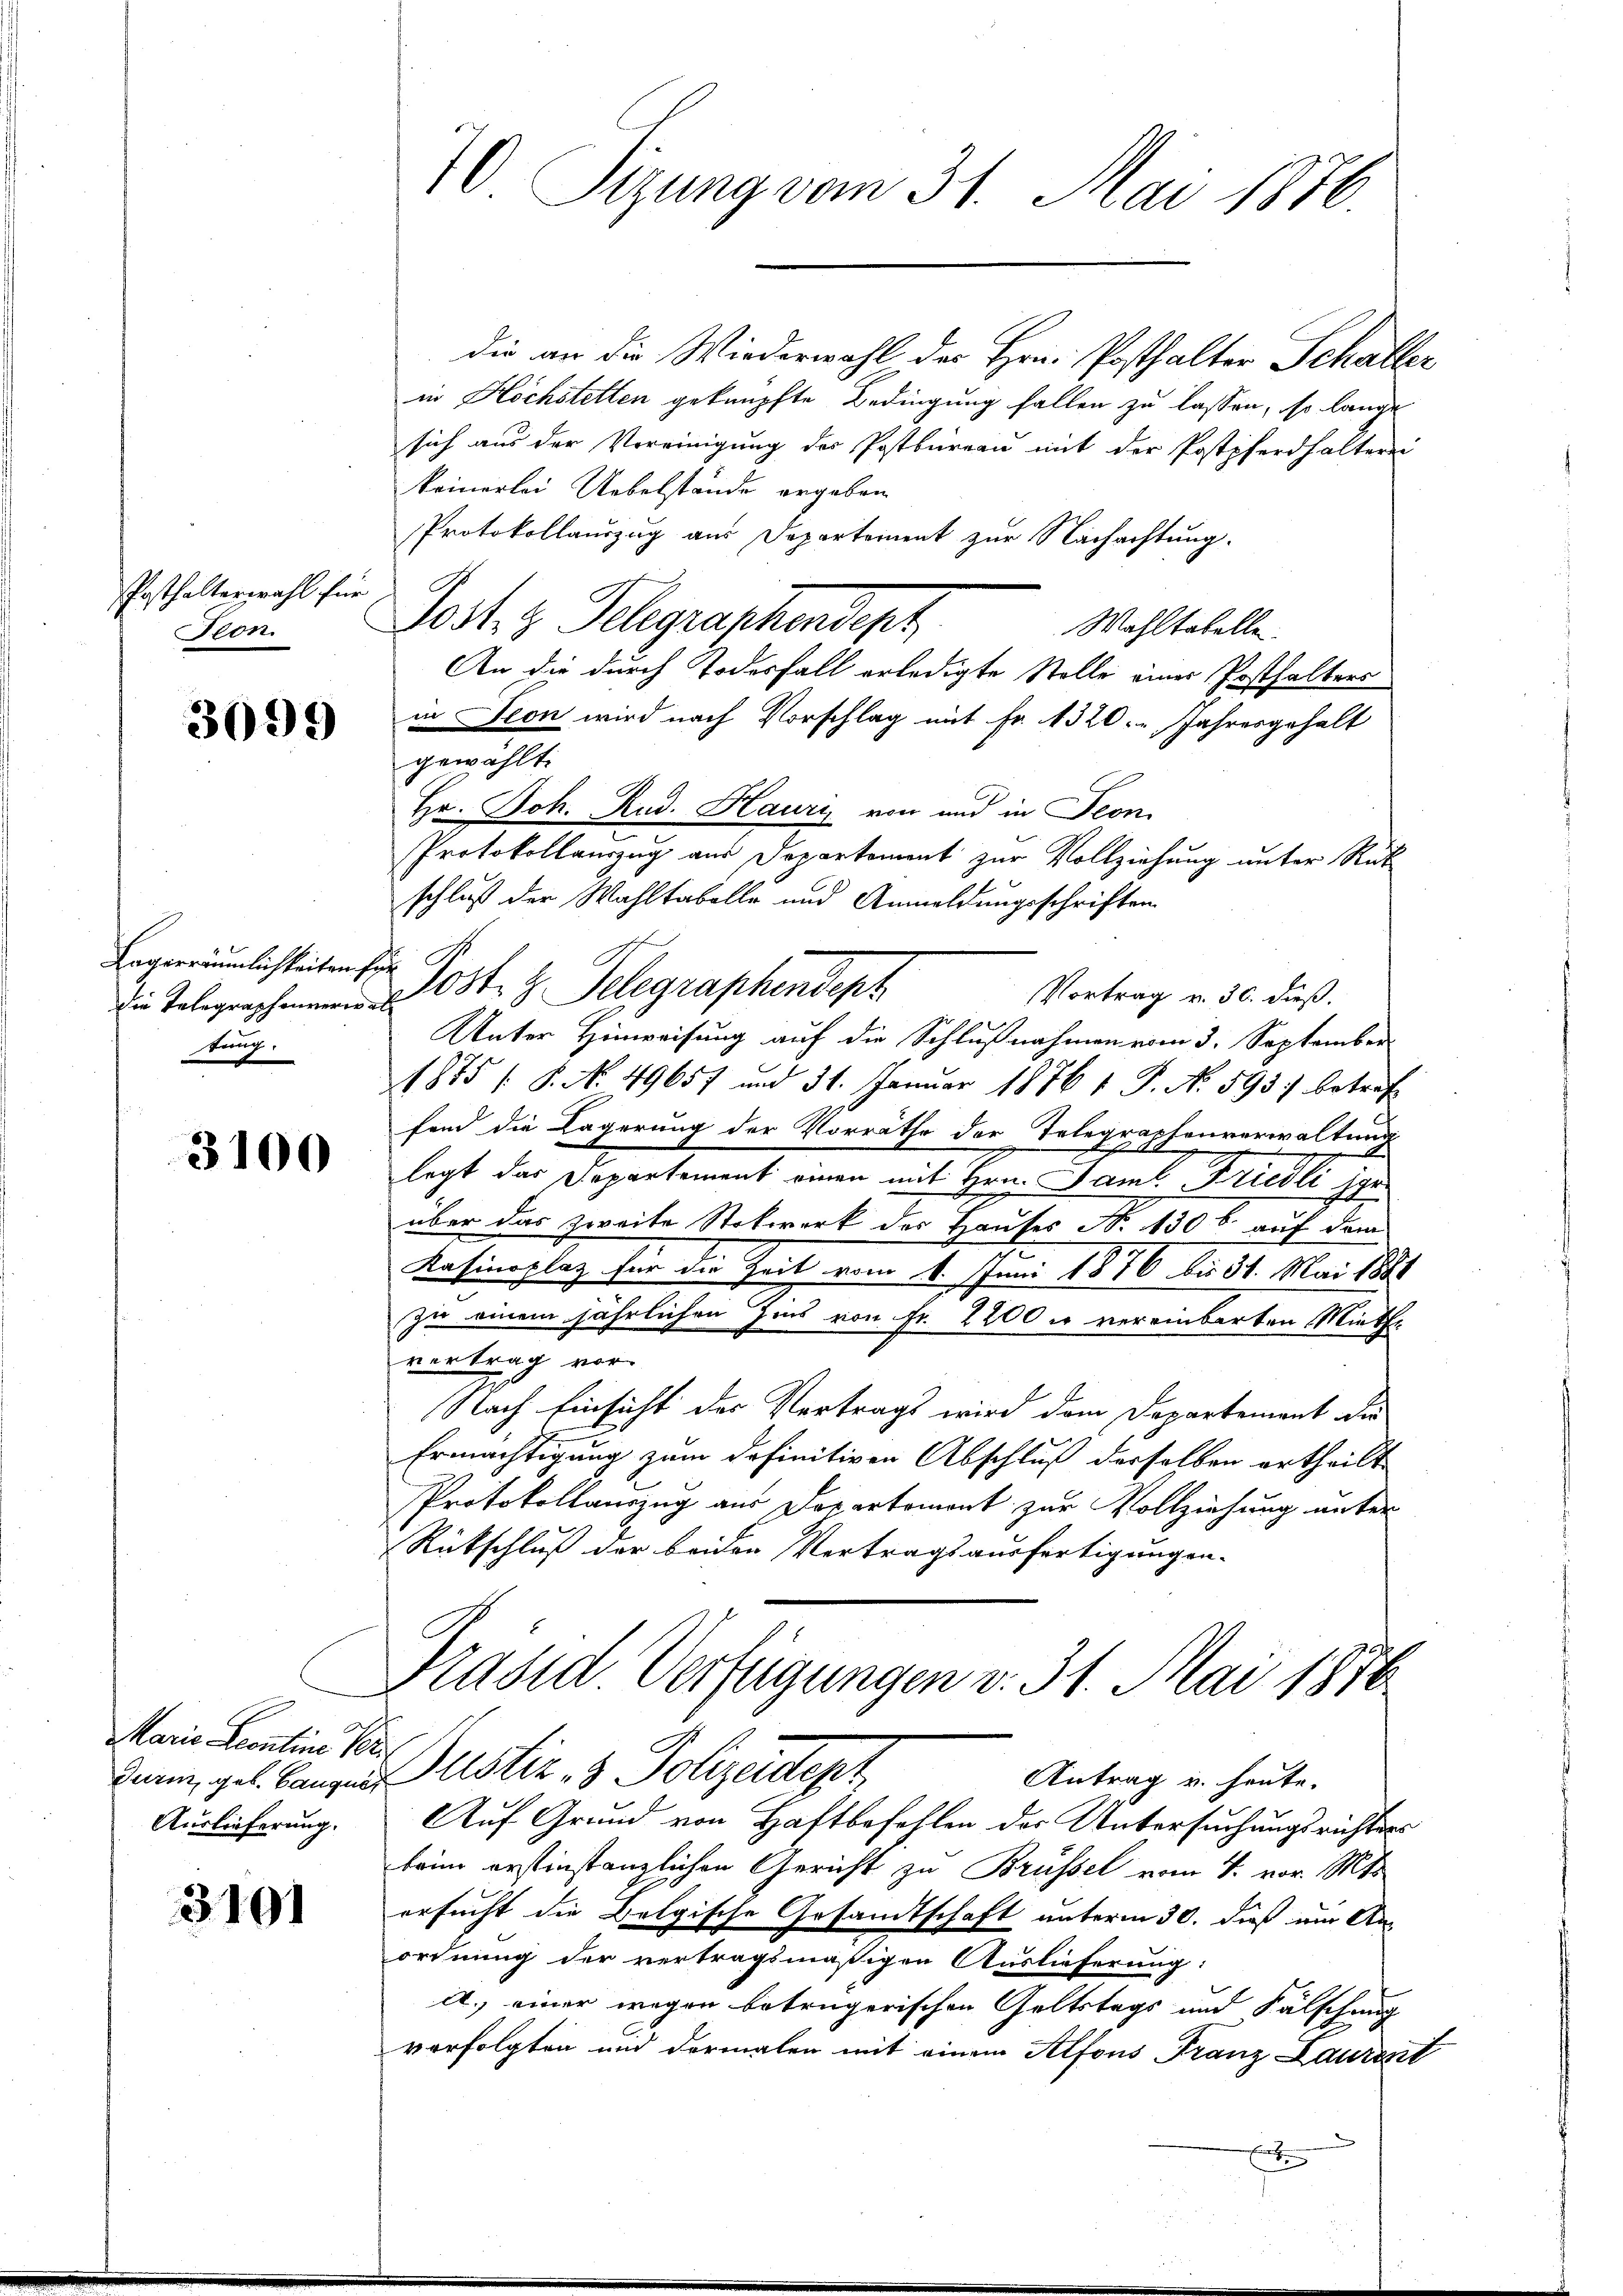
Posthalterwahl für
ron

3099

Lagerräumlichkeiten für
tung.

3100

Marie Leontine Ver
Auslieferung.

3101

die an die Wiederwahl des Hrn. Posthalter Schaller
in Höchstetten geknüpfte Bedingung fallen zu lassen, so lange
sich aus der Vereinigung des Postbüreau mit der Postpferdhalterei
keinerlei Uebelstände ergeben
Protokollauszug aus Departement zur Nachachtung.
Jost, z. Telegraphendept
Wahltabelle
An die durch Todesfall erledigte Stolle einer Posthalters
in Seon wird nach Vorschlag mit Fr. 1320. Jahresgehalt
gewählt.
Hr. Joh. Rud. Haury von und in Seon
Protokollauszug aus Departement zur Vollziehung unter Rück
schluß der Wahltabelle und Anmeldungsschriften
die Telegraphennen. 208 f. 3. Telegraphendeph
Vortrag v. 30. dieß.
Unter Hinweisung auf die Schlußnahmen vom 3. September
1875 (8. No. 49657 und 31. Januar 1876 1 S. N. 593) betref
fend die Lagerung der Vorräthe der Telegraphenverwaltung
legt das Departement einen mit Hrn. Gamt. Friedli je
über das zweite Stokwerk des Hauses N. 130 b. auf dem
Kasinoflag für die Zeit vom 1. Juni 1876 bis 31. Mai 1881
zu einem jährlichen Zins von Fr. 2200 u vereinbarten Miethe
vertrag vor
Nach Einsicht der Vertrags wird dem Departement die
Ermächtigung zum definitiven Abschluß derselben ertheilt
Protokollauszug aus Departement zur Vollziehung unter
Rückschluß der beiden Vertragsausfertigungen-

70. Sizung vom 31. Mai 1876

Präsid Verfügungen v. 31. Mai 1876
2
dann, geb. Lanzen ustiz- & Polizeidept
Antrag u. heute.

Auf Grund von Haftbefehlen der Untersuchungsrichters
beim erstinstanzlichen Gericht zu Brüssel vom 4. vor. Mts.
ersucht die Belgische Gesandtschaft unterm 30. dieß im Anordnung der vertragsmäßigen Auslieferung:
A.) einer wegen betrügerischen Geltstags und Fälschung
vorfolgten und dermalen mit einem Alfons Franz Laurent
E